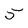
Character: 5